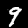
Digit: 9